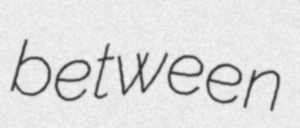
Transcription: between